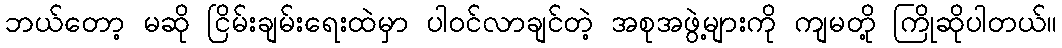
ဘယ်တော့ မဆို ငြိမ်းချမ်းရေးထဲမှာ ပါဝင်လာချင်တဲ့ အစုအဖွဲ့များကို ကျမတို့ ကြိုဆိုပါတယ်။